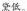
黛低。